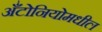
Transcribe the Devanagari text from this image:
अँटोनियोमधील